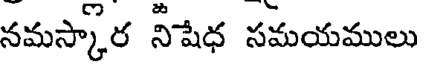
నమస్కార నీషేధ సమయములు